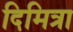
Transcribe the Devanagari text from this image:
दिमित्रा